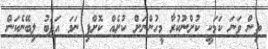
ތިން ވަނަ ކަމަކީ ކުށްނުކުރާ މީހުންނަށް ކުށެއް ކޮށްފި ނަމަ އަދަބު ލިބޭނެކަން